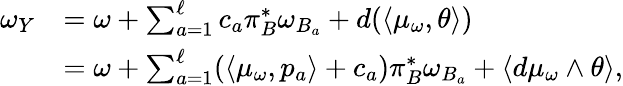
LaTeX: \begin{array}{rl}{\omega_{Y}}&{=\omega+\sum_{a=1}^{\ell}c_{a}\pi_{B}^{*}\omega_{B_{a}}+d(\langle\mu_{\omega},\theta\rangle)}\\ &{=\omega+\sum_{a=1}^{\ell}(\langle\mu_{\omega},p_{a}\rangle+c_{a})\pi_{B}^{*}\omega_{B_{a}}+\langle d\mu_{\omega}\wedge\theta\rangle,}\end{array}